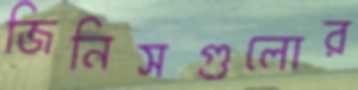
জিনিসগুলোর